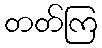
တတ်ကြ